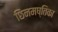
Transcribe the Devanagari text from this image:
छिनमष्तिका